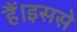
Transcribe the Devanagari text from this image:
हैं।इससे